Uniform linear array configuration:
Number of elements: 16
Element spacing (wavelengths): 0.5
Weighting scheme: blackman
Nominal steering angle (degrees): -60
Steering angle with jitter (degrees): -60.224
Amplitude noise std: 0.05
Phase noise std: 0.05

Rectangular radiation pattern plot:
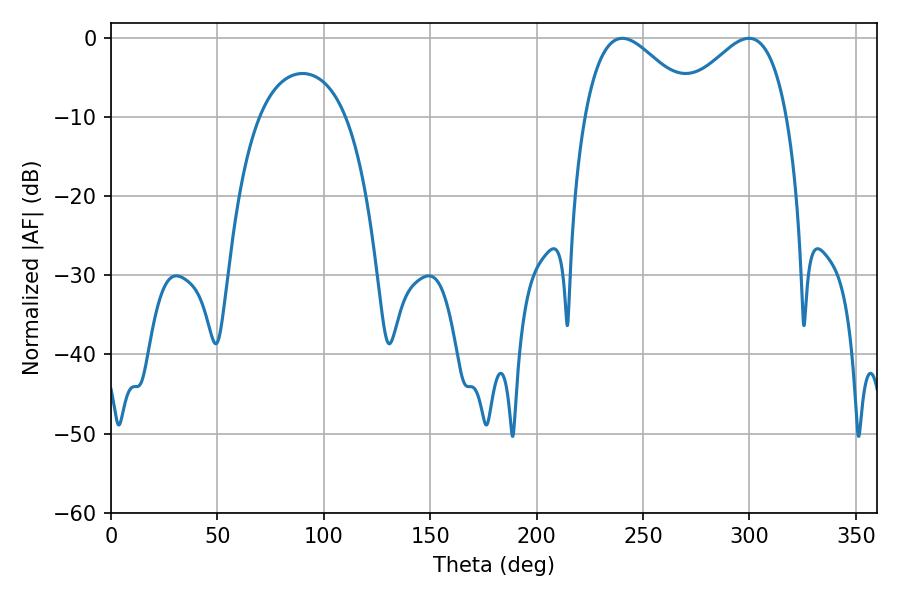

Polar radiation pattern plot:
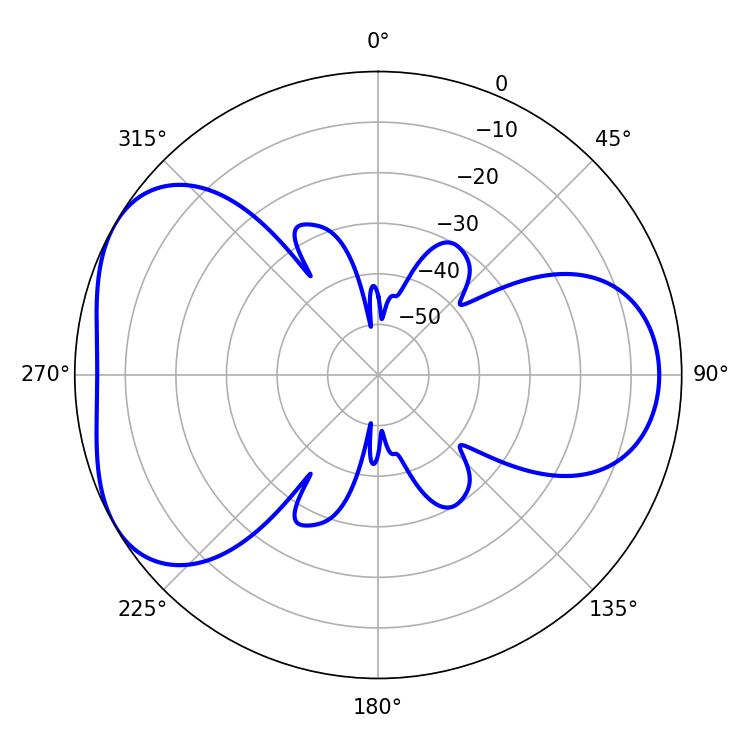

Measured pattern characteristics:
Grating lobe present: FALSE
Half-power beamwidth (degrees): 28.08
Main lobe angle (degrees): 240.3